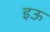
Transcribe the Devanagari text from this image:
इऊ